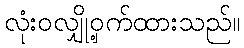
လုံးဝလျှို့ဝှက်ထားသည်။